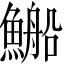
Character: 𲍀